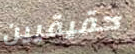
حقيقيين